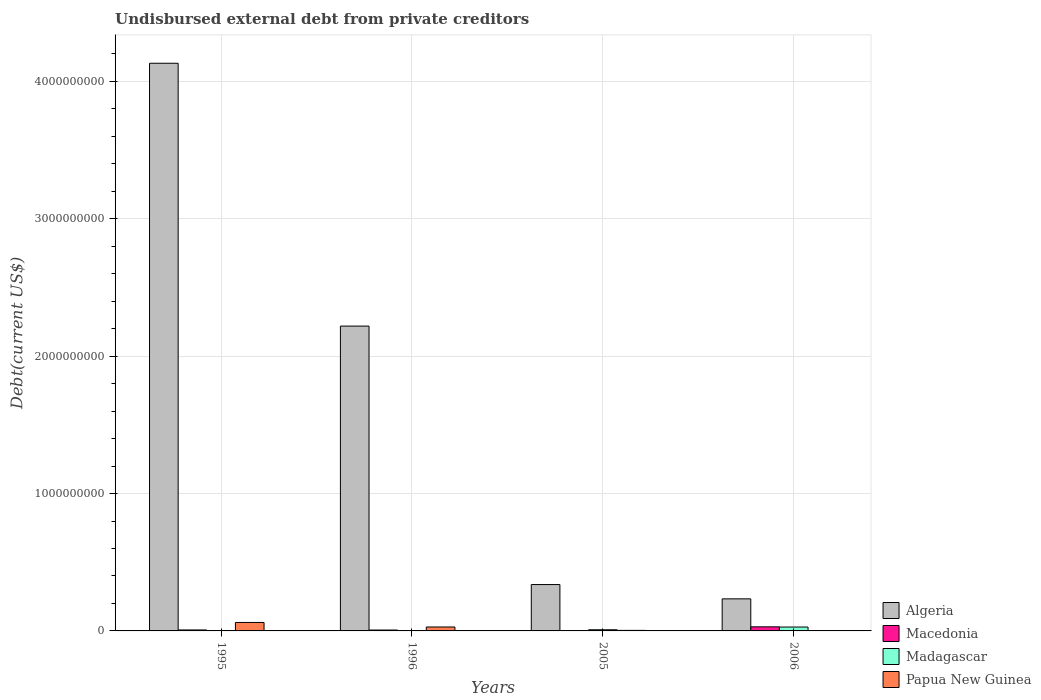
| Years | Algeria | Macedonia | Madagascar | Papua New Guinea |
 | --- | --- | --- | --- | --- |
 | 1995 | 4.13e+09 | 6.98e+06 | 4.83e+05 | 6.15e+07 |
 | 1996 | 2.22e+09 | 6.43e+06 | 2.44e+05 | 2.86e+07 |
 | 2005 | 3.37e+08 | 2.72e+06 | 8.5e+06 | 3.91e+06 |
 | 2006 | 2.33e+08 | 2.97e+07 | 2.83e+07 | 3.19e+05 |